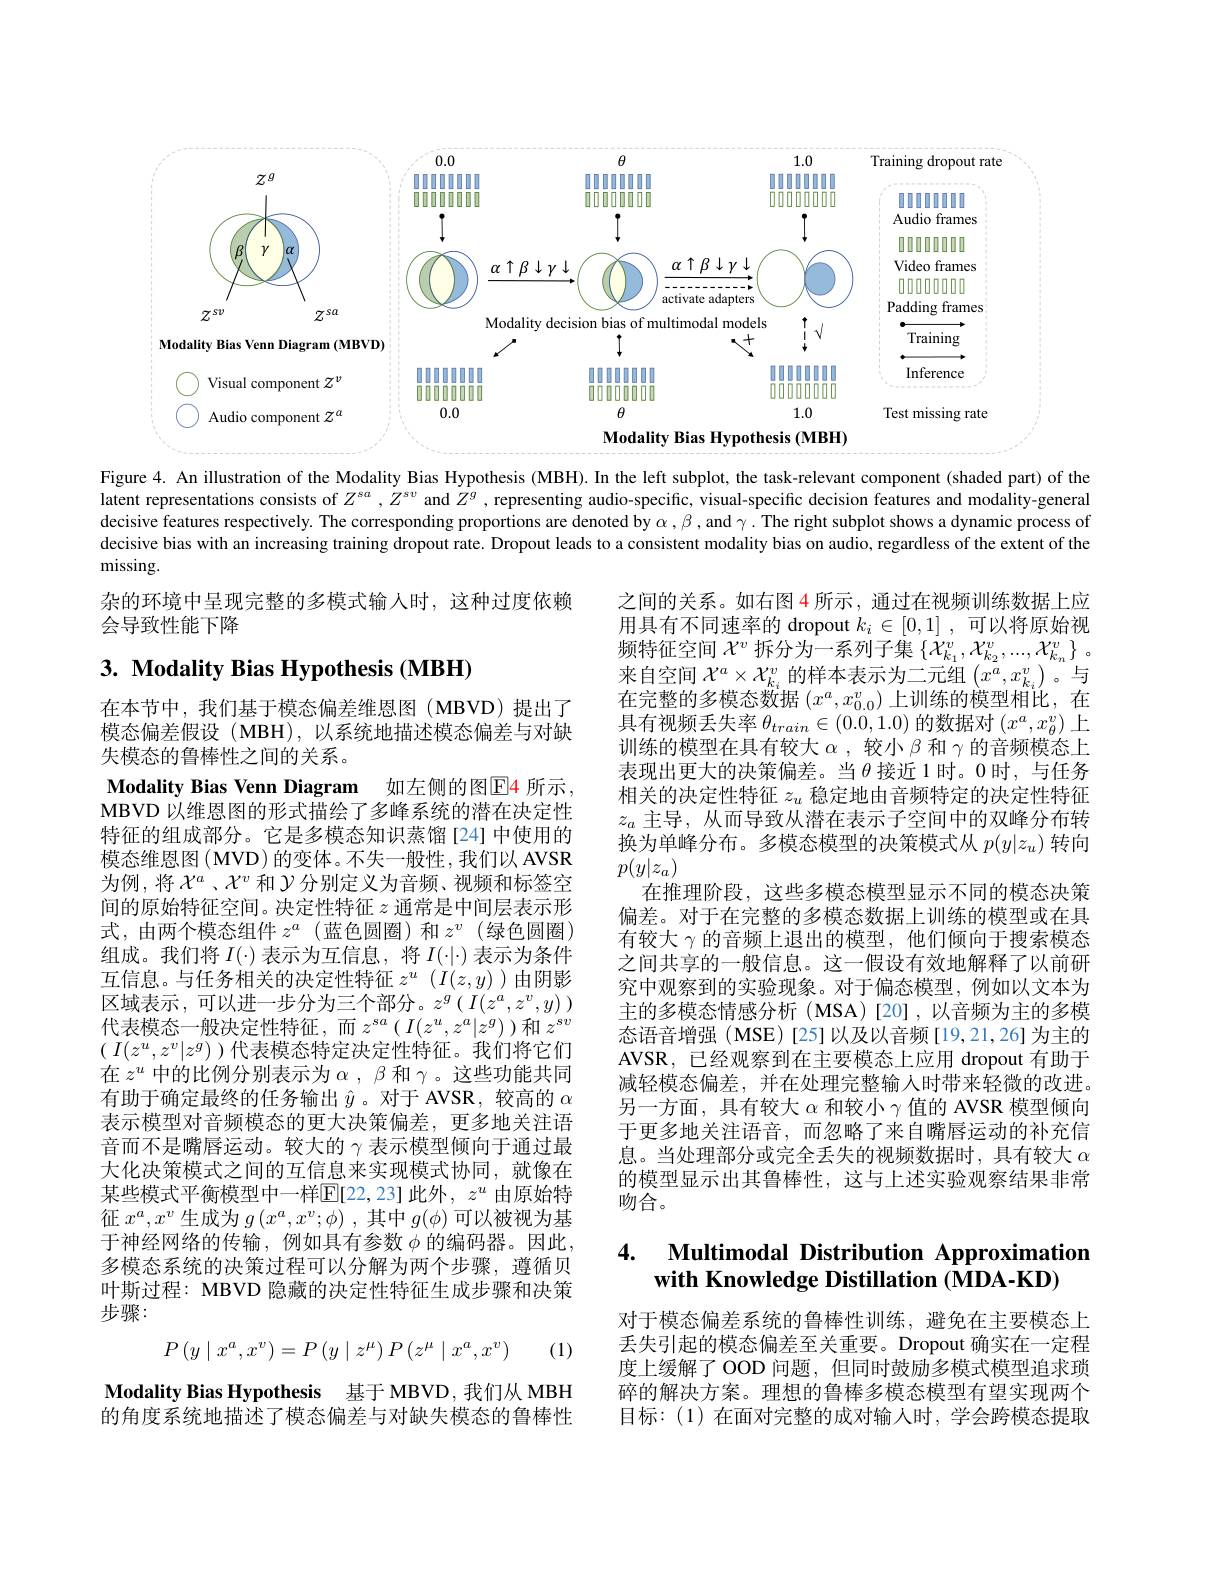
<FigureHere>

Figure 4. An illustration of the Modality Bias Hypothesis (MBH).In the left subplot, the task-relevant component (shaded part) of the latent representations consists of $Z^{sa},Z^{s\upsilon}$ and $Z^g$, representing audio-specific, visual-specific decision features and modality-general decisive features respectively. The corresponding proportions are denoted by $\alpha,\beta$, and $\gamma.$ The right subplot shows a dynamic process of decisive bias with an increasing training dropout rate. Dropout leads to a consistent modality bias on audio, regardless of the extent of the missing.

杂的环境中呈现完整的多模式输入时，这种过度依赖
会导致性能下降

# $3. \textbf{ Modality Bias Hypothesis ( MBH) }$

Modality Bias Venn Diagram 如左侧的图E4 所示，

之间的关系。如右图 4 所示 , 通过在视频训练数据上应用具有不同速率的 dropout $k_i\in [ 0, 1]$ ,可以将原始视频特征空间$\mathcal{X}^v$拆分为一系列子集$\{\mathcal{X}_k_1^v,\mathcal{X}_{k_2}^v,...,\mathcal{X}_{k_n}^v\}\:$。来自空间$\mathcal{X}^a\times\mathcal{X}_{k_i}^v$的样本表示为二元组$\left(x^a,x_{k_i}^v\right)$。与在完整的多模态数据$(x^a,x_{0.0}^v)$上训练的模型相比，在具有视频丢失率$\theta_train\in(0.0,1.0)$的数据对$(x^a,x_\theta^v)$上训练的模型在具有较大$\alpha$ ,较小$\beta$和$\gamma$的音频模态上表现出更大的决策偏差。当$\theta$接近1时。0时，与任务相关的决定性特征$z_u$稳定地由音频特定的决定性特征$z_a$主导，从而导致从潜在表示子空间中的双峰分布转换为单峰分布。多模态模型的决策模式从$p(y|z_u)$转向$p(y|z_a)$
在推理阶段，这些多模态模型显示不同的模态决策偏差。对于在完整的多模态数据上训练的模型或在具有较大$\gamma$的音频上退出的模型，他们倾向于搜索模态之间共享的一般信息。这一假设有效地解释了以前研究中观察到的实验现象。对于偏态模型，例如以文本为主的多模态情感分析(MSA)[20],以音频为主的多模态语音增强(MSE)[25]以及以音频[19,21,26]为主的AVSR,已经观察到在主要模态上应用 dropout 有助于减轻模态偏差，并在处理完整输入时带来轻微的改进。另一方面，具有较大$\alpha$和较小$\gamma$值的 AVSR 模型倾向于更多地关注语音，而忽略了来自嘴唇运动的补充信息。当处理部分或完全丢失的视频数据时，具有较大$\alpha$ 的模型显示出其鲁棒性，这与上述实验观察结果非常吻合。

在本节中，我们基于模态偏差维恩图(MBVD)提出了模态偏差假设 (MBH), 以系统地描述模态偏差与对缺失模态的鲁棒性之间的关系。
MBVD 以维恩图的形式描绘了多峰系统的潜在决定性特征的组成部分。它是多模态知识蒸馏[24]中使用的模态维恩图(MVD)的变体。不失一般性，我们以 AVSR 为例，将$\mathcal{X}^a$、$\mathcal{X}^v$和$\mathcal{Y}$分别定义为音频、视频和标签空间的原始特征空间。决定性特征$z$通常是中间层表示形式，由两个模态组件$z^a$ (蓝色圆圈)和$z^v$ (绿色圆圈) 组成。我们将$I(\cdot)$表示为互信息，将$I(\cdot|\cdot)$表示为条件互信息。与任务相关的决定性特征$z^u$ $(I(z,y))$由阴影区域表示，可以进一步分为三个部分。$z^g\left(I(z^a,z^v,y)\right)$ 代表模态一般决定性特征，而 $z^{sa}\left(I(z^u,z^a|z^g)\right)$和 $z^{sv}$ ( $I( z^u, z^v| z^g)$ ) 代表模态特定决定性特征。我们将它们在$z^u$中的比例分别表示为$\alpha,\beta$和$\gamma$。这些功能共同有助于确定最终的任务输出$\hat{y}$。对于 AVSR, 较高的$\alpha$ 表示模型对音频模态的更大决策偏差，更多地关注语音而不是嘴唇运动。较大的$\gamma$表示模型倾向于通过最大化决策模式之间的互信息来实现模式协同，就像在某些模式平衡模型中一样$\mathbb{E}[22,23]$ 此外，$z^u$ 由原始特征$x^a,x^v$生成为$g\left(x^a,x^v;\phi\right)$,其中$g(\phi)$可以被视为基于神经网络的传输，例如具有参数 $\phi$ 的编码器。因此， 多模态系统的决策过程可以分解为两个步骤，遵循贝叶斯过程：MBVD 隐藏的决定性特征生成步骤和决策步骤：
$$P\left(y\mid x^a,x^v\right)=P\left(y\mid z^\mu\right)P\left(z^\mu\mid x^a,x^v\right)$$
## 4. $\textbf{Multimodal Distribution Approximation}$ with Knowledge Distillation (MDA-KD)

(1)

对于模态偏差系统的鲁棒性训练，避免在主要模态上丢失引起的模态偏差至关重要。Dropout 确实在一定程度上缓解了 OOD 问题，但同时鼓励多模式模型追求琐碎的解决方案。理想的鲁棒多模态模型有望实现两个目标：(1)在面对完整的成对输人时，学会跨模态提取

Modality Bias Hypothesis 基于 MBVD,我们从 MBH 的角度系统地描述了模态偏差与对缺失模态的鲁棒性